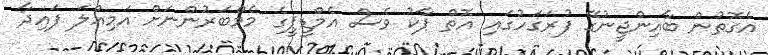
އެގޮތުން ބާއިންޖީނުގޭ ފުރަގަހުގައި އޮތް ޕާކު ވެސް އެމްޑީޕީގެ މެމްބަރުންނަށް އަމިއްލަ ފައިދާ